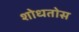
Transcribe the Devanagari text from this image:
शोधतोस